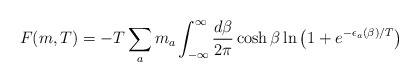
\begin{align*}F (m,T)= - T \sum_a m_a \int_{-\infty}^{\infty} \frac{d\beta}{2\pi} \cosh\beta\ln\left( 1 + e^{-\epsilon_a(\beta)/T}\right)\end{align*}